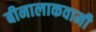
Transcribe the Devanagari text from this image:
बीनालाकवामी